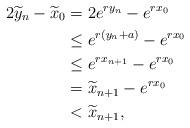
LaTeX: \begin{align*} 2\widetilde y_n - \widetilde x_0 & = 2e^{ry_n} - e^{rx_0} \\ & \leq e^{r(y_n+a)} - e^{rx_0} \\ & \leq e^{rx_{n+1}} -e^{rx_0} \\ & =\widetilde x_{n+1} - e^{rx_0} \\ & < \widetilde{x}_{n+1},\end{align*}